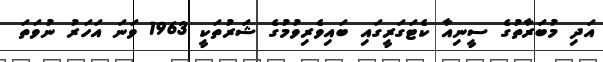
އަދި މުބަރާތުގެ ސީނިއާ ކެޓަގަރީގައި ބައިވެރިވުމުގެ ޝަރުތަކީ 1963 ވަނަ އަހަރު ނުވަތަ